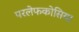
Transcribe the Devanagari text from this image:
परलेफकोसिया